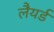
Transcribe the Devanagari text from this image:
लैयर्ड